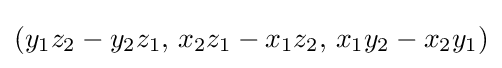
(y_{1}z_{2}-y_{2}z_{1},\,x_{2}z_{1}-x_{1}z_{2},\,x_{1}y_{2}-x_{2}y_{1})